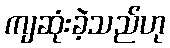
ကျဆုံးခဲ့သည်ဟု